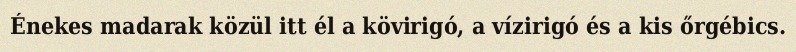
Énekes madarak közül itt él a kövirigó, a vízirigó és a kis őrgébics.